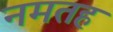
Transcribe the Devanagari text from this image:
नमतह